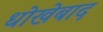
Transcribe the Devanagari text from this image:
धोखेबाद